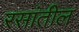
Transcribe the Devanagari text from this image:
रसांतील